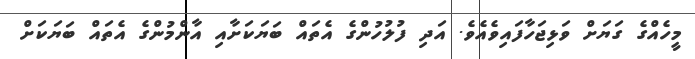
މީހެއްގެ ގަޔަށް ވަޅިޖަހާފައިވެއެވެ. އަދި ފުލުހުންގެ އެތައް ބަޔަކަށާއި އާންމުންގެ އެތައް ބަޔަކަށް